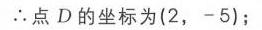
\(\therefore\)点\(D\)的坐标为\((2, - 5)\)；